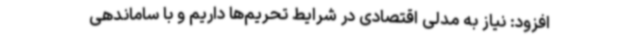
افزود: نیاز به مدلی اقتصادی در شرایط تحریم‌ها داریم و با ساماندهی